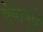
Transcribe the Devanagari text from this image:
वेषामुळे